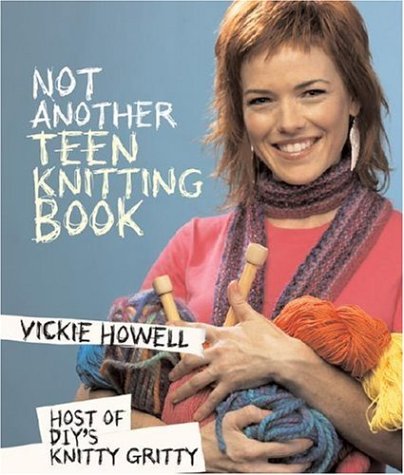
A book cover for Not Another Teen Knitting Book; Vickie Howell; Teen & Young Adult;